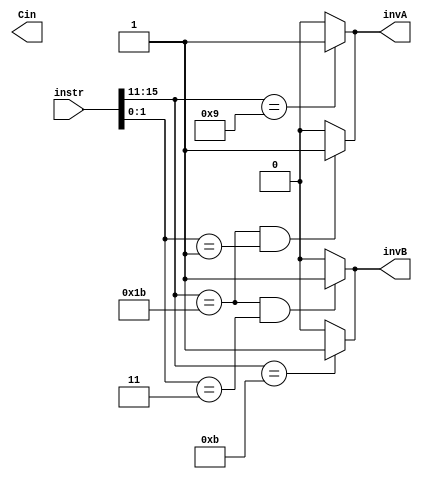
module alu_inv(instr, invA, invB, Cin);
input [15:0]instr;
output invA;
output invB;
output Cin;
//Negate
//ANDNI
assign invB=(instr[15:11]==5'b01011)?1:0;
assign cin=(instr[15:11]==5'b01011)?0:1;

//ANDN
assign invB=((instr[15:11]==5'b11011)&(instr[1:0]==2'b11))?1:0;
assign cin=((instr[15:11]==5'b11011)&(instr[1:0]==2'b11))?0:1;

//2's complement
//SUBI
assign invA=(instr[15:11]==5'b01001)?1:0;
assign cin=(instr[15:11]==5'b01001)?1:0;

//SUB
assign invA=((instr[15:11]==5'b11011)&(instr[1:0]==2'b01))?1:0;
assign cin=(instr[15:11]==5'b11011&(instr[1:0]==2'b01))?1:0;
endmodule